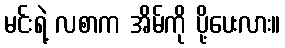
မင်းရဲ့ လစာက အိမ်ကို ပို့ပေးလား။